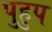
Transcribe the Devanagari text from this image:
पुहुप